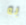
به